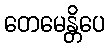
တေမေန္တိပေ